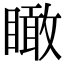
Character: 瞰